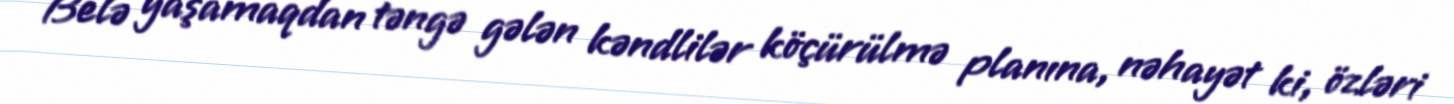
Belə yaşamaqdan təngə gələn kəndlilər köçürülmə planına, nəhayət ki, özləri